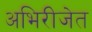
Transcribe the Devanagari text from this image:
अभिरीजेत